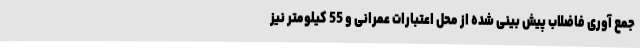
جمع آوری فاضلاب پیش بینی شده از محل اعتبارات عمرانی و 55 کیلومتر نیز